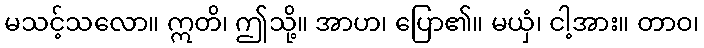
မသင့်သလော။ ဣတိ၊ ဤသို့။ အာဟ၊ ပြော၏။ မယှံ၊ ငါ့အား။ တာဝ၊